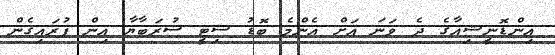
އިންޑޮނީޝިއާގެ ދެ ވަނަ އަށް އެންމެ ބޮޑު ސިޓީ ސުރަބާޔާ އިން ފުރައިގެން